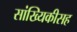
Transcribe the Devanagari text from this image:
सांख्यिकीसह